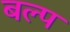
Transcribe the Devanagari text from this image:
बल्प